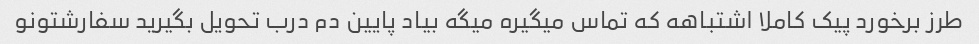
طرز برخورد پیک کاملا اشتباهه که تماس میگیره میگه بیاد پایین دم درب تحویل بگیرید سفارشتونو